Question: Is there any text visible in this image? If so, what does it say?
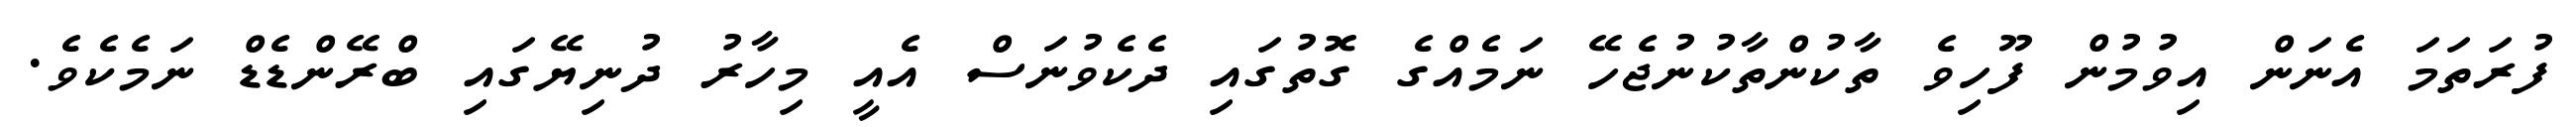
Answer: ފުރަތަމަ އެނަން އިވުމުން ފޫހިވެ ތާކުންތާކުނުޖެހޭ ނަމެއްގެ ގޮތުގައި ދެކެވުނަސް އެއީ މިހާރު ދުނިޔޭގައި ބްރޭންޑެޑް ނަމެކެވެ.